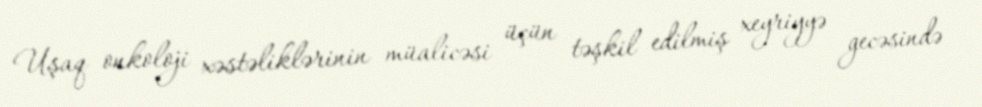
Uşaq onkoloji xəstəliklərinin müalicəsi üçün təşkil edilmiş xeyriyyə gecəsində